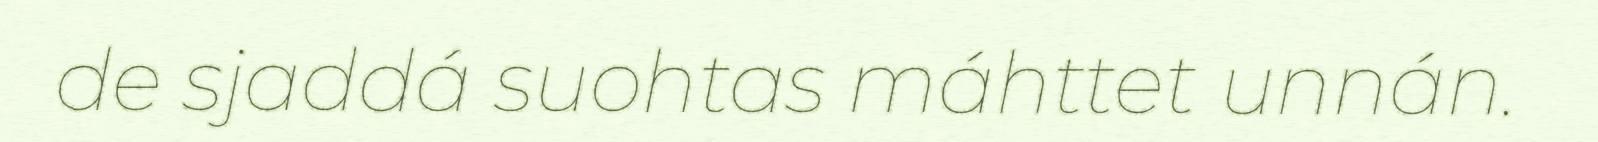
de sjaddá suohtas máhttet unnán.